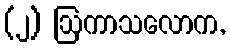
(၂) ဩကာသလောက,